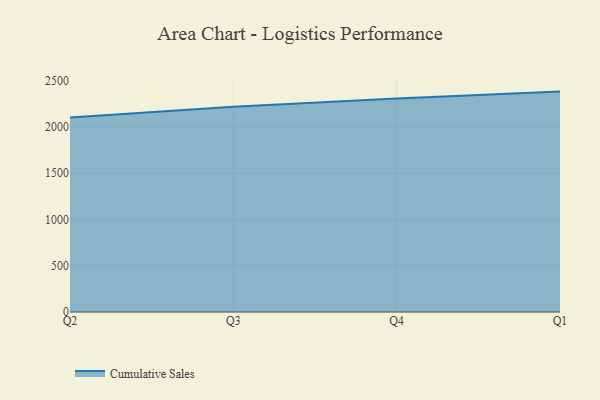
{"axis": {"x": "Quarter", "y": "Gross Profit (USD K)"}, "legend": ["Cumulative Sales"], "data": [{"x": "Q2", "y": 2101.9, "type": "Cumulative Sales"}, {"x": "Q3", "y": 2219.5, "type": "Cumulative Sales"}, {"x": "Q4", "y": 2307.9, "type": "Cumulative Sales"}, {"x": "Q1", "y": 2382.8, "type": "Cumulative Sales"}]}